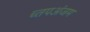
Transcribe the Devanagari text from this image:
च्तपअंजम